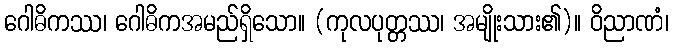
ဂေါဓိကဿ၊ ဂေါဓိကအမည်ရှိသော။ (ကုလပုတ္တဿ၊ အမျိုးသား၏)။ ဝိညာဏံ၊